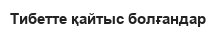
Тибетте қайтыс болғандар